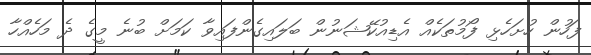
ފަހުން ހުށަހެޅި ފޯމުތަކެއް އެޑިއުކޭޝަނުން ބަލައިގެންފައިވާ ކަމަށް ބުނެ މީގެ ދެ މަހެއްހާ